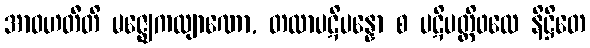
အာဝဟတီတိ မဇ္ဈေကလျာဏော, တထာပဋိပန္နော စ ပဋိပတ္တိဖလေ နိဋ္ဌိတေ